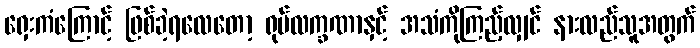
ရှေးကံကြောင့် ဖြစ်ခဲ့ရလေတော့ ရုပ်လက္ခဏာနှင့် အသံကိုကြည့်လျှင် နားလည်သူအတွက်